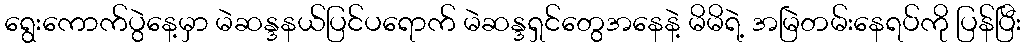
ရွေးကောက်ပွဲနေ့မှာ မဲဆန္ဒနယ်ပြင်ပရောက် မဲဆန္ဒရှင်တွေအနေနဲ့ မိမိရဲ့ အမြဲတမ်းနေရပ်ကို ပြန်ပြီး